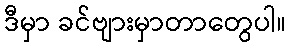
ဒီမှာ ခင်ဗျားမှာတာတွေပါ။